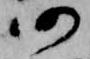
仍